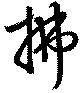
拂